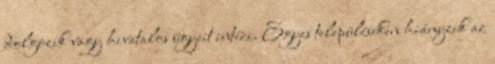
dolgozik vagy hivatalos ügyeit intézi. Egyes településeken hiányzik az